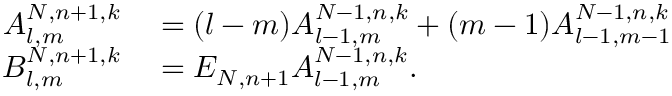
\begin{array} { r l } { A _ { l , m } ^ { N , n + 1 , k } } & { { } = ( l - m ) A _ { l - 1 , m } ^ { N - 1 , n , k } + ( m - 1 ) A _ { l - 1 , m - 1 } ^ { N - 1 , n , k } } \\ { B _ { l , m } ^ { N , n + 1 , k } } & { { } = E _ { N , n + 1 } A _ { l - 1 , m } ^ { N - 1 , n , k } . } \end{array}